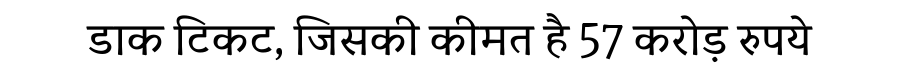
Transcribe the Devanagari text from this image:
डाक टिकट, जिसकी कीमत है 57 करोड़ रुपये